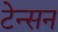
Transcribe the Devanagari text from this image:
टेन्सन